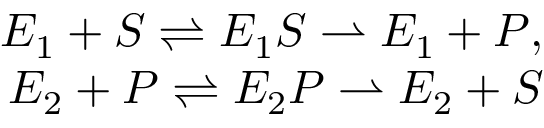
\begin{array} { r } { E _ { 1 } + S \rightleftharpoons E _ { 1 } S \rightharpoonup E _ { 1 } + P , } \\ { E _ { 2 } + P \rightleftharpoons E _ { 2 } P \rightharpoonup E _ { 2 } + S } \end{array}